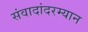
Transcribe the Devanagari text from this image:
संवादांदरम्यान